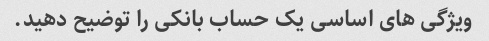
ویژگی های اساسی یک حساب بانکی را توضیح دهید.